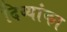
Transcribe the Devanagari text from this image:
दिव्यांका